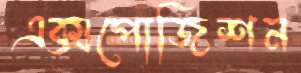
এক্সপোজিশন